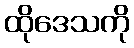
ထိုဒေသကို